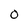
Character: O